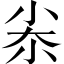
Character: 尜